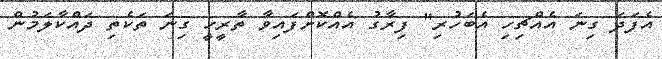
އެފަދަ ގިނަ އެއްޗިހި އެބަހުރި" ފިރާގު އެއްކޮށްފައިވާ ތާރީހީ ގިނަ ތަކެތި ދައްކާލަމުން